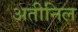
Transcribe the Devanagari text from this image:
अतीनिल